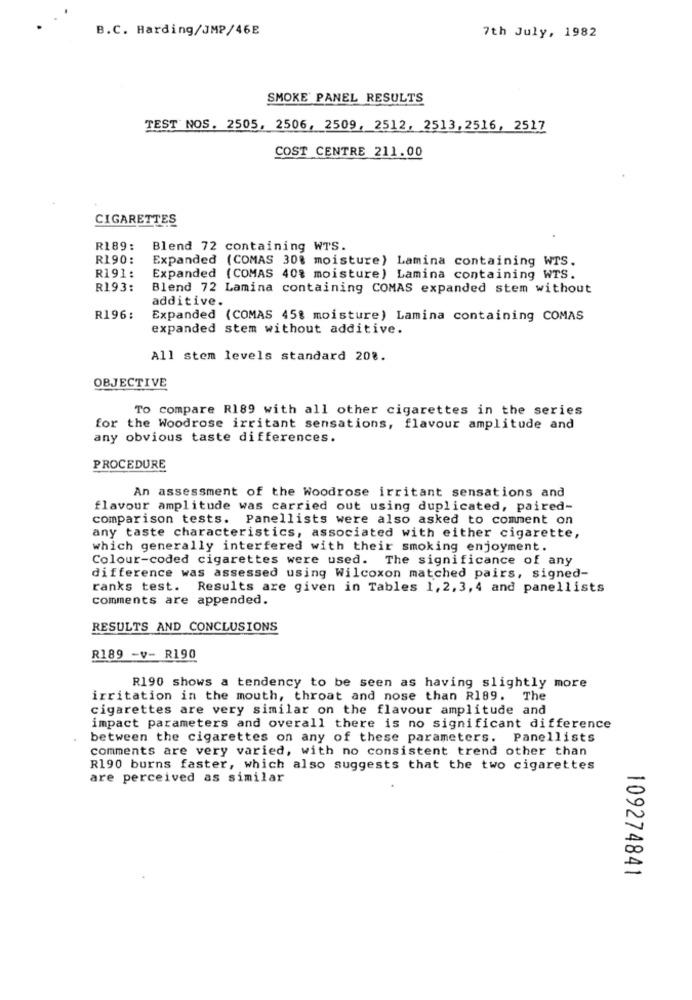
B.C. Harding/JMP/46E
7th July, 1982
SMOKE PANEL RESULTS
TEST NOS. 2505, 2506, 2509, 2512, 2513, 2516, 2517
COST CENTRE 211.00
CIGARETTES
R189:
Blend 72 containing WTS.
R190:
Expanded (COMAS 30% moisture) Lamina containing WTS.
R191:
Expanded (COMAS 40% moisture) Lamina containing WTS.
R193:
Blend 72 Lamina containing COMAS expanded stem without
additive.
R196:
Expanded (COMAS 45% moisture) Lamina containing COMAS
expanded stem without additive.
All stem levels standard 208.
OBJECTIVE
To compare R189 with all other cigarettes in the series
for the Woodrose irritant sensations, flavour amplitude and
any obvious taste differences.
PROCEDURE
An assessment of the Woodrose irritant sensations and
flavour amplitude was carried out using duplicated, paired-
comparison tests. Panellists were also asked to comment on
any taste characteristics, associated with either cigarette,
which generally interfered with their smoking enjoyment.
Colour-coded cigarettes were used. The significance of any
difference was assessed using Wilcoxon matched pairs, signed-
ranks test. Results are given in Tables 1,2,3,4 and panellists
comments are appended.
RESULTS AND CONCLUSIONS
R189 -v- R190
R190 shows a tendency to be seen as having slightly more
irritation in the mouth, throat and nose than R189. The
cigarettes are very similar on the flavour amplitude and
impact parameters and overall there is no significant difference
between the cigarettes on any of these parameters. Panellists
comments are very varied, with no consistent trend other than
R190 burns faster, which also suggests that the two cigarettes
are perceived as similar
109274841